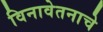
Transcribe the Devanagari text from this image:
विनावेतनाचे